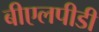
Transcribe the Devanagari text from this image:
बीएलपीडी